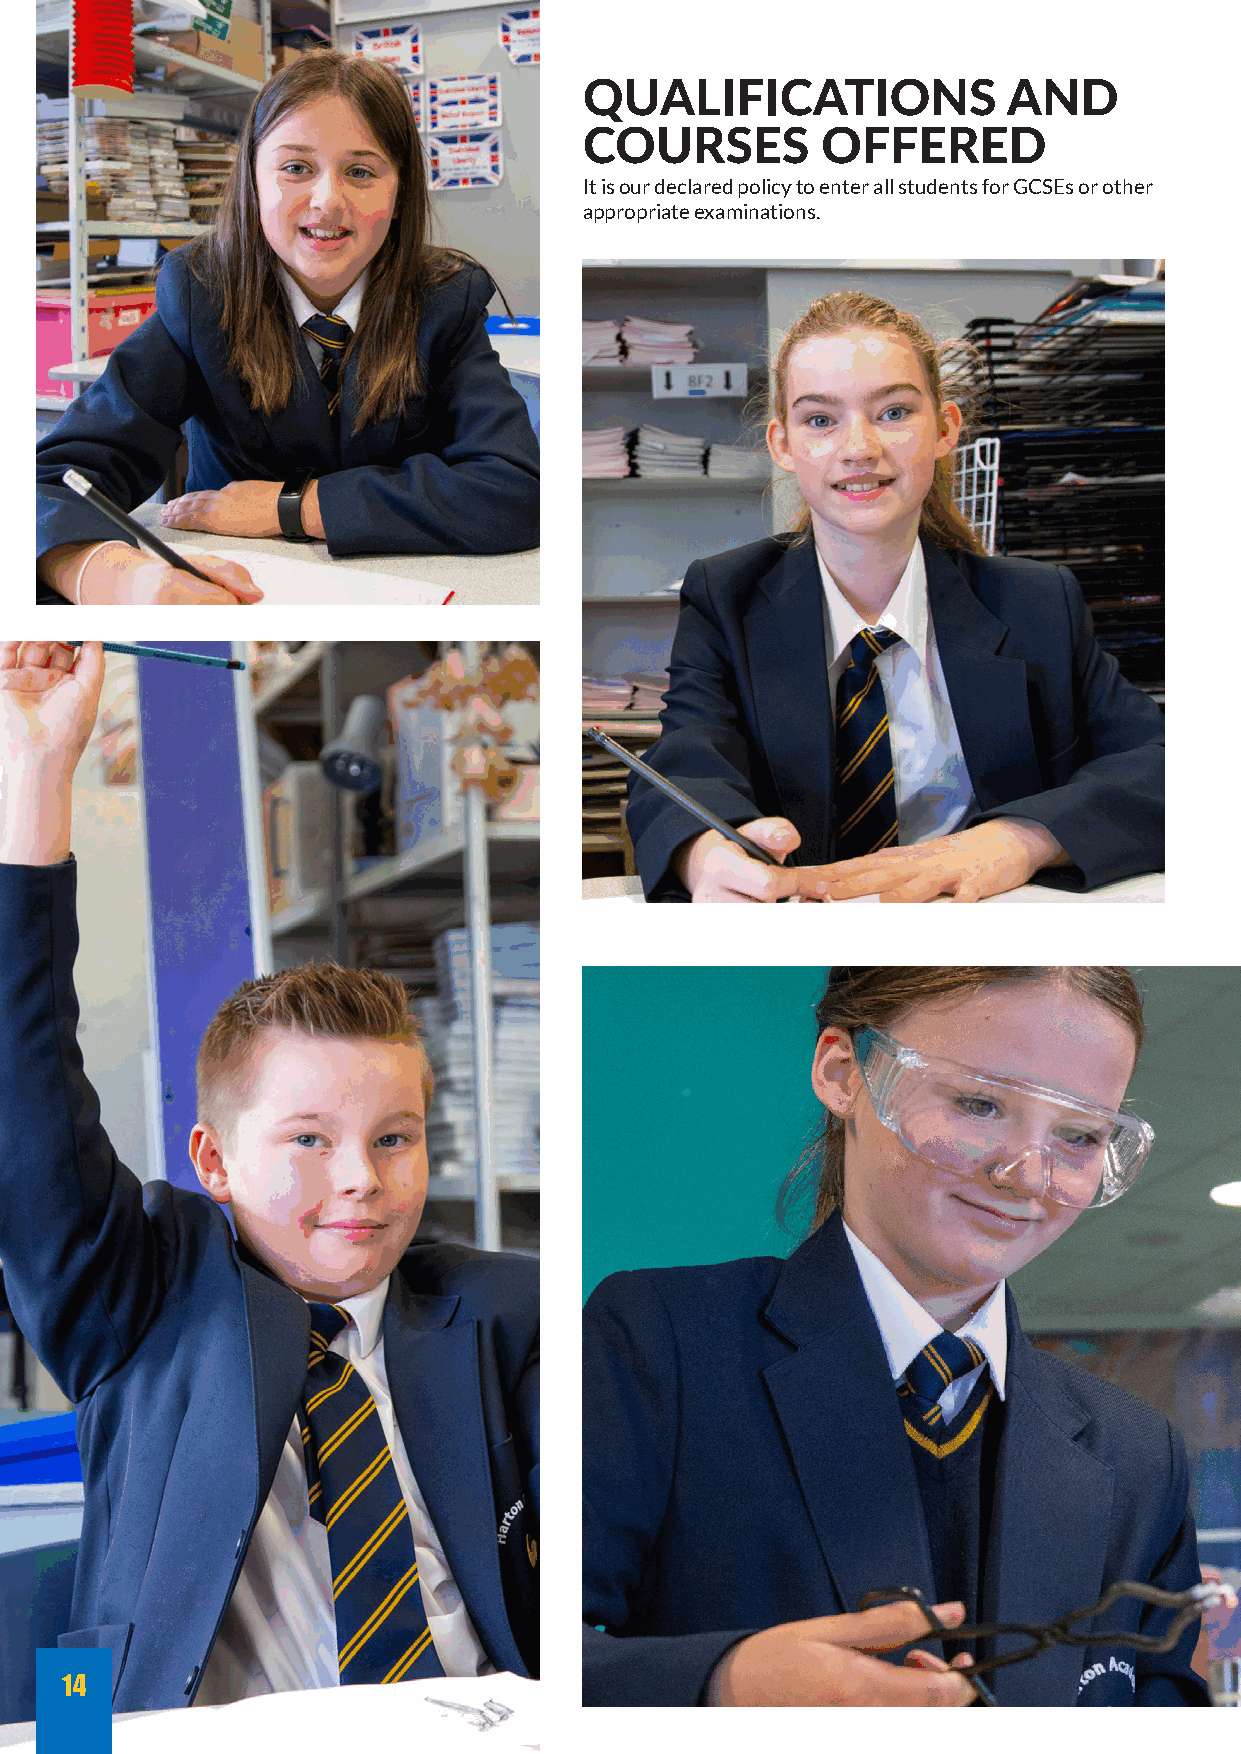
QUALIFICATIONS              AND
 COURSES        OFFERED
 It is our declared policy to enter all students for GCSEs or other
 appropriate examinations.
 14